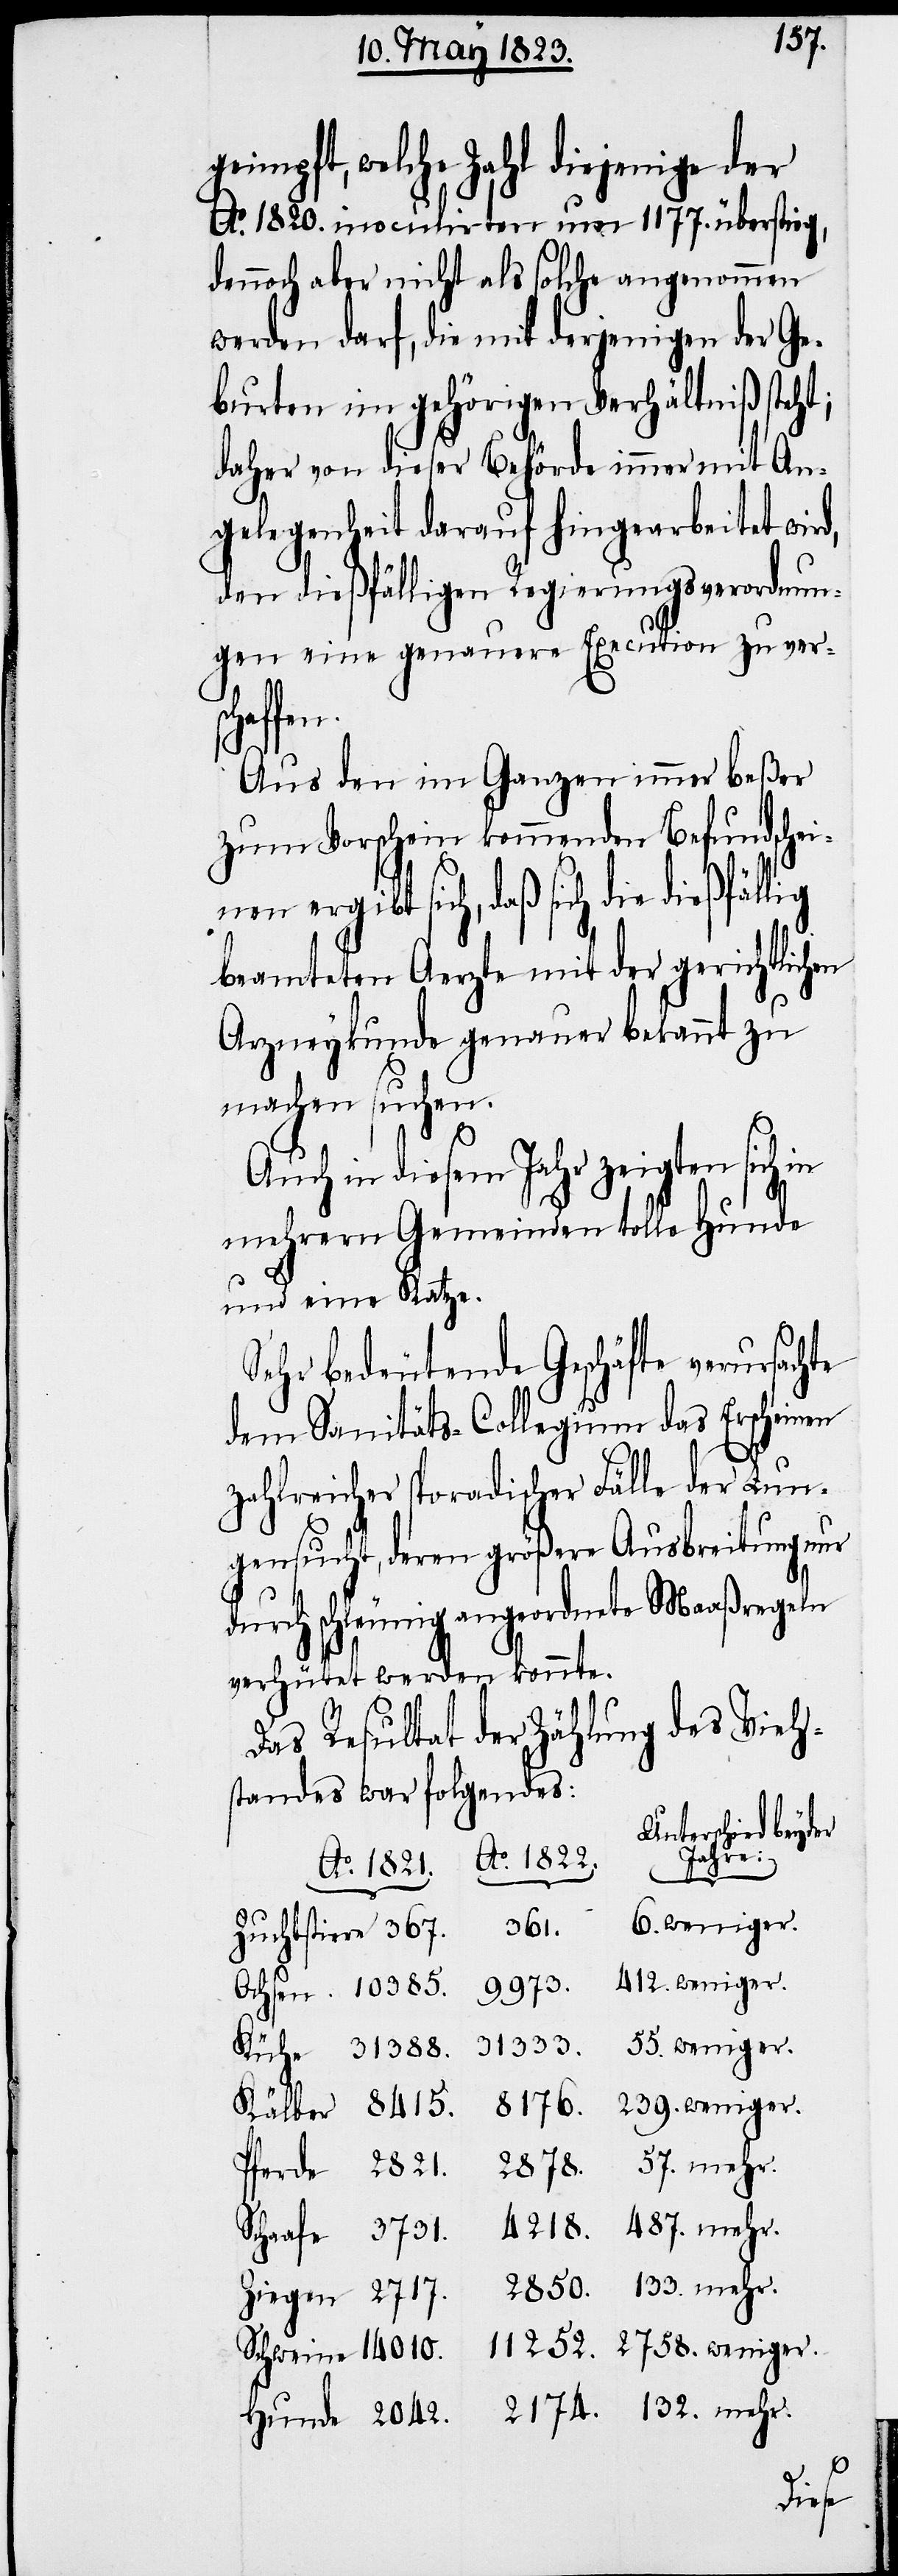
132.
geimpft, welche Zahl diejenige der
Ao. 1820. inoculirten um 1177. überstieg,
dennoch aber nicht als solche angenommen
werden darf, die mit derjenigen der Ge¬
burten im gehörigen Verhältniß steht;
daher von dieser Behörde immer mit An¬
gelegenheit darauf hingearbeitet wir¬
den dießfälligen Regierungsverordnun¬
gen eine genauere Execution zu ver¬
Schweine
Aus den im ganzen immer beßer
zum Vorschein kommenden Befundschei¬
sich, daß sich die dießfällig
beamteten Aerzte mit der gerichtlichen
Arzneykunde genauer bekannt zu
machen suchen.
57.
Auch in diesem Jahr zeigten sich in
d,
mehrern Gemeinden tolle Hunde
und eine Katze.
Sehr bedeutende Geschäfte verursachte
dem Sanitäts-Collegium das Erscheinen
zahlreicher sporadischer Fälle der Lun¬
gensucht, deren größere Ausbreitung nur
durch schleunig angeordnete Maaßregeln
verhütet werden konnte.
Das Resultat der Zählung des Vieh¬
standes war folgendes:
Unterschied beyder
Jahre:
weniger.
6.